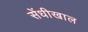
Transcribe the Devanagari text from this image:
सेंधीखाल